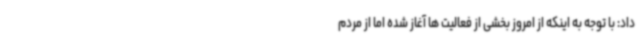
داد: با توجه به اینکه از امروز بخشی از فعالیت ها آغاز شده اما از مردم